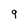
Character: q